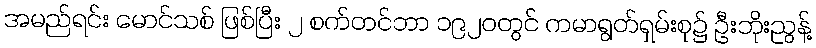
အမည်ရင်း မောင်သစ် ဖြစ်ပြီး ၂ စက်တင်ဘာ ၁၉၂၀တွင် ကမာရွတ်ရှမ်းစု၌ ဦးဘိုးညွန့်